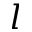
l